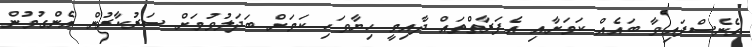
ގެނެސްފައިވާ ބައެއް ކަމަށާއި އެފަރާތްތައް ދާއިމީ ހިޔާވަހި ކަމަށް ބަދަލުވުމަށް ސަރުކާރުން އެންގުމުން